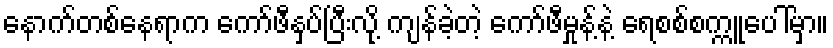
နောက်တစ်နေရာက ကော်ဖီနှပ်ပြီးလို့ ကျန်ခဲ့တဲ့ ကော်ဖီမှုန့်နဲ့ ရေစစ်စက္ကူပေါ်မှာ။